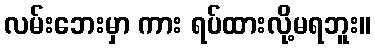
လမ်းဘေးမှာ ကား ရပ်ထားလို့မရဘူး။